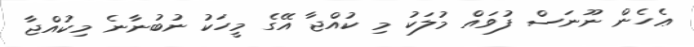
ޢެހެން ނޫނަސް ފުވައް މުލަކު މި ކުއްޖާ އޭގެ މީހަކު ނުބުނާނެ މިކުއްޖާ